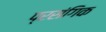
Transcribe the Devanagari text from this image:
प्रसंगिक